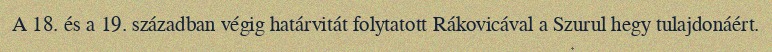
A 18. és a 19. században végig határvitát folytatott Rákovicával a Szurul hegy tulajdonáért.